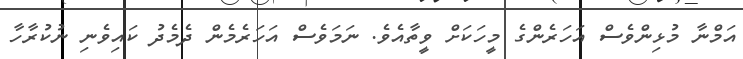
އަމްނާ މުޅިންވެސް އަހަރެންގެ މީހަކަށް ވީތާއެވެ. ނަމަވެސް އަހަރެމެން ދެމެދު ކައިވެނި ނުކުރާހާ